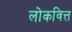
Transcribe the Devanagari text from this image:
लोकवित्त